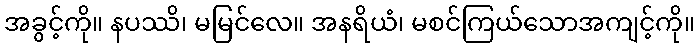
အခွင့်ကို။ နပဿိ၊ မမြင်လေ။ အနရိယံ၊ မစင်ကြယ်သောအကျင့်ကို။